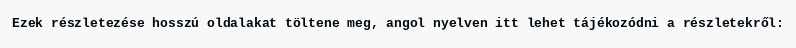
Ezek részletezése hosszú oldalakat töltene meg, angol nyelven itt lehet tájékozódni a részletekről: